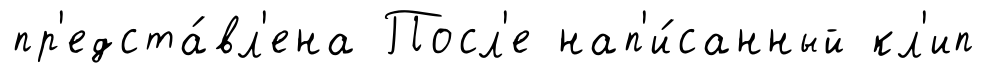
пр'едста́вл'ена Посл'е нап'и́санный кл'ип